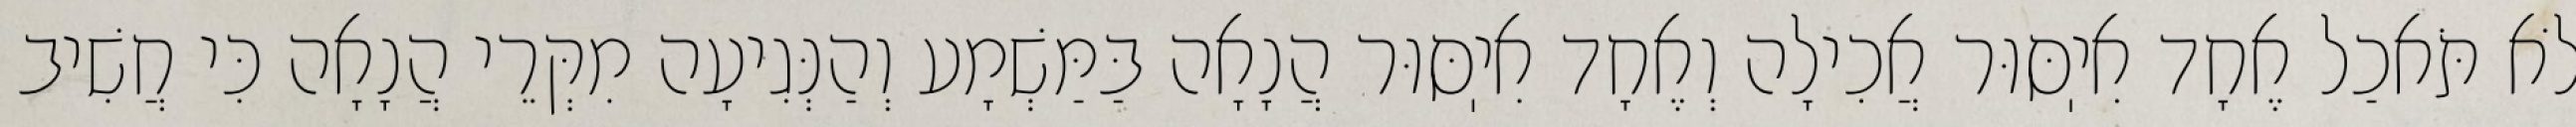
לֹא תֹּאכַל אֶחָד אִיֽסּוּר אֲכִילָה וְאֶחָד אִיֽסּוּר הֲנָאָה בַּמַּשְׁמָע וְהַנְּגִיעָה מִקְּרֵי הֲנָאָה כִּי חֲשִׁיב